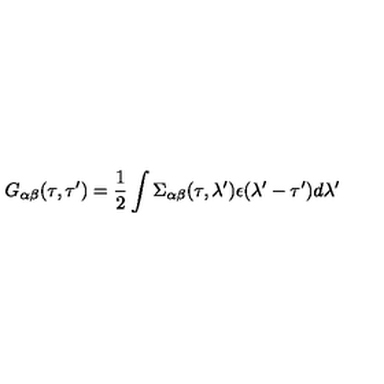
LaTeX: G _ { \alpha \beta } ( \tau , \tau ^ { \prime } ) = \frac { 1 } { 2 } \int \Sigma _ { \alpha \beta } ( \tau , \lambda ^ { \prime } ) \epsilon ( \lambda ^ { \prime } - \tau ^ { \prime } ) d \lambda ^ { \prime }